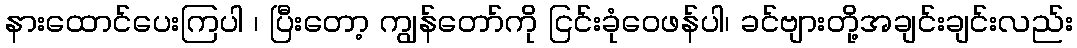
နားထောင်ပေးကြပါ ၊ ပြီးတော့ ကျွန်တော်ကို ငြင်းခုံဝေဖန်ပါ၊ ခင်ဗျားတို့အချင်းချင်းလည်း